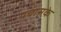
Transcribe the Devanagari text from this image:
पचासके